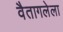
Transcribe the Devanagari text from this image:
वैतागलेला